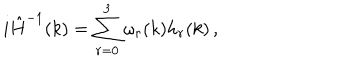
LaTeX: i \hat { H } ^ { - 1 } ( k ) = \sum _ { r = 0 } ^ { 3 } \omega _ { r } ( k ) h _ { r } ( k ) \, ,